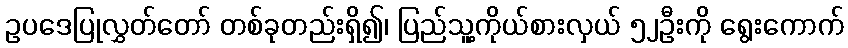
ဥပဒေပြုလွှတ်တော် တစ်ခုတည်းရှိ၍၊ ပြည်သူ့ကိုယ်စားလှယ် ၅၂ဦးကို ရွေးကောက်